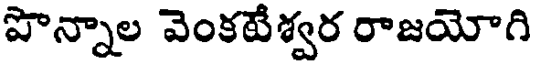
పొన్నాల వెంకటేశ్వర రాజయోగి